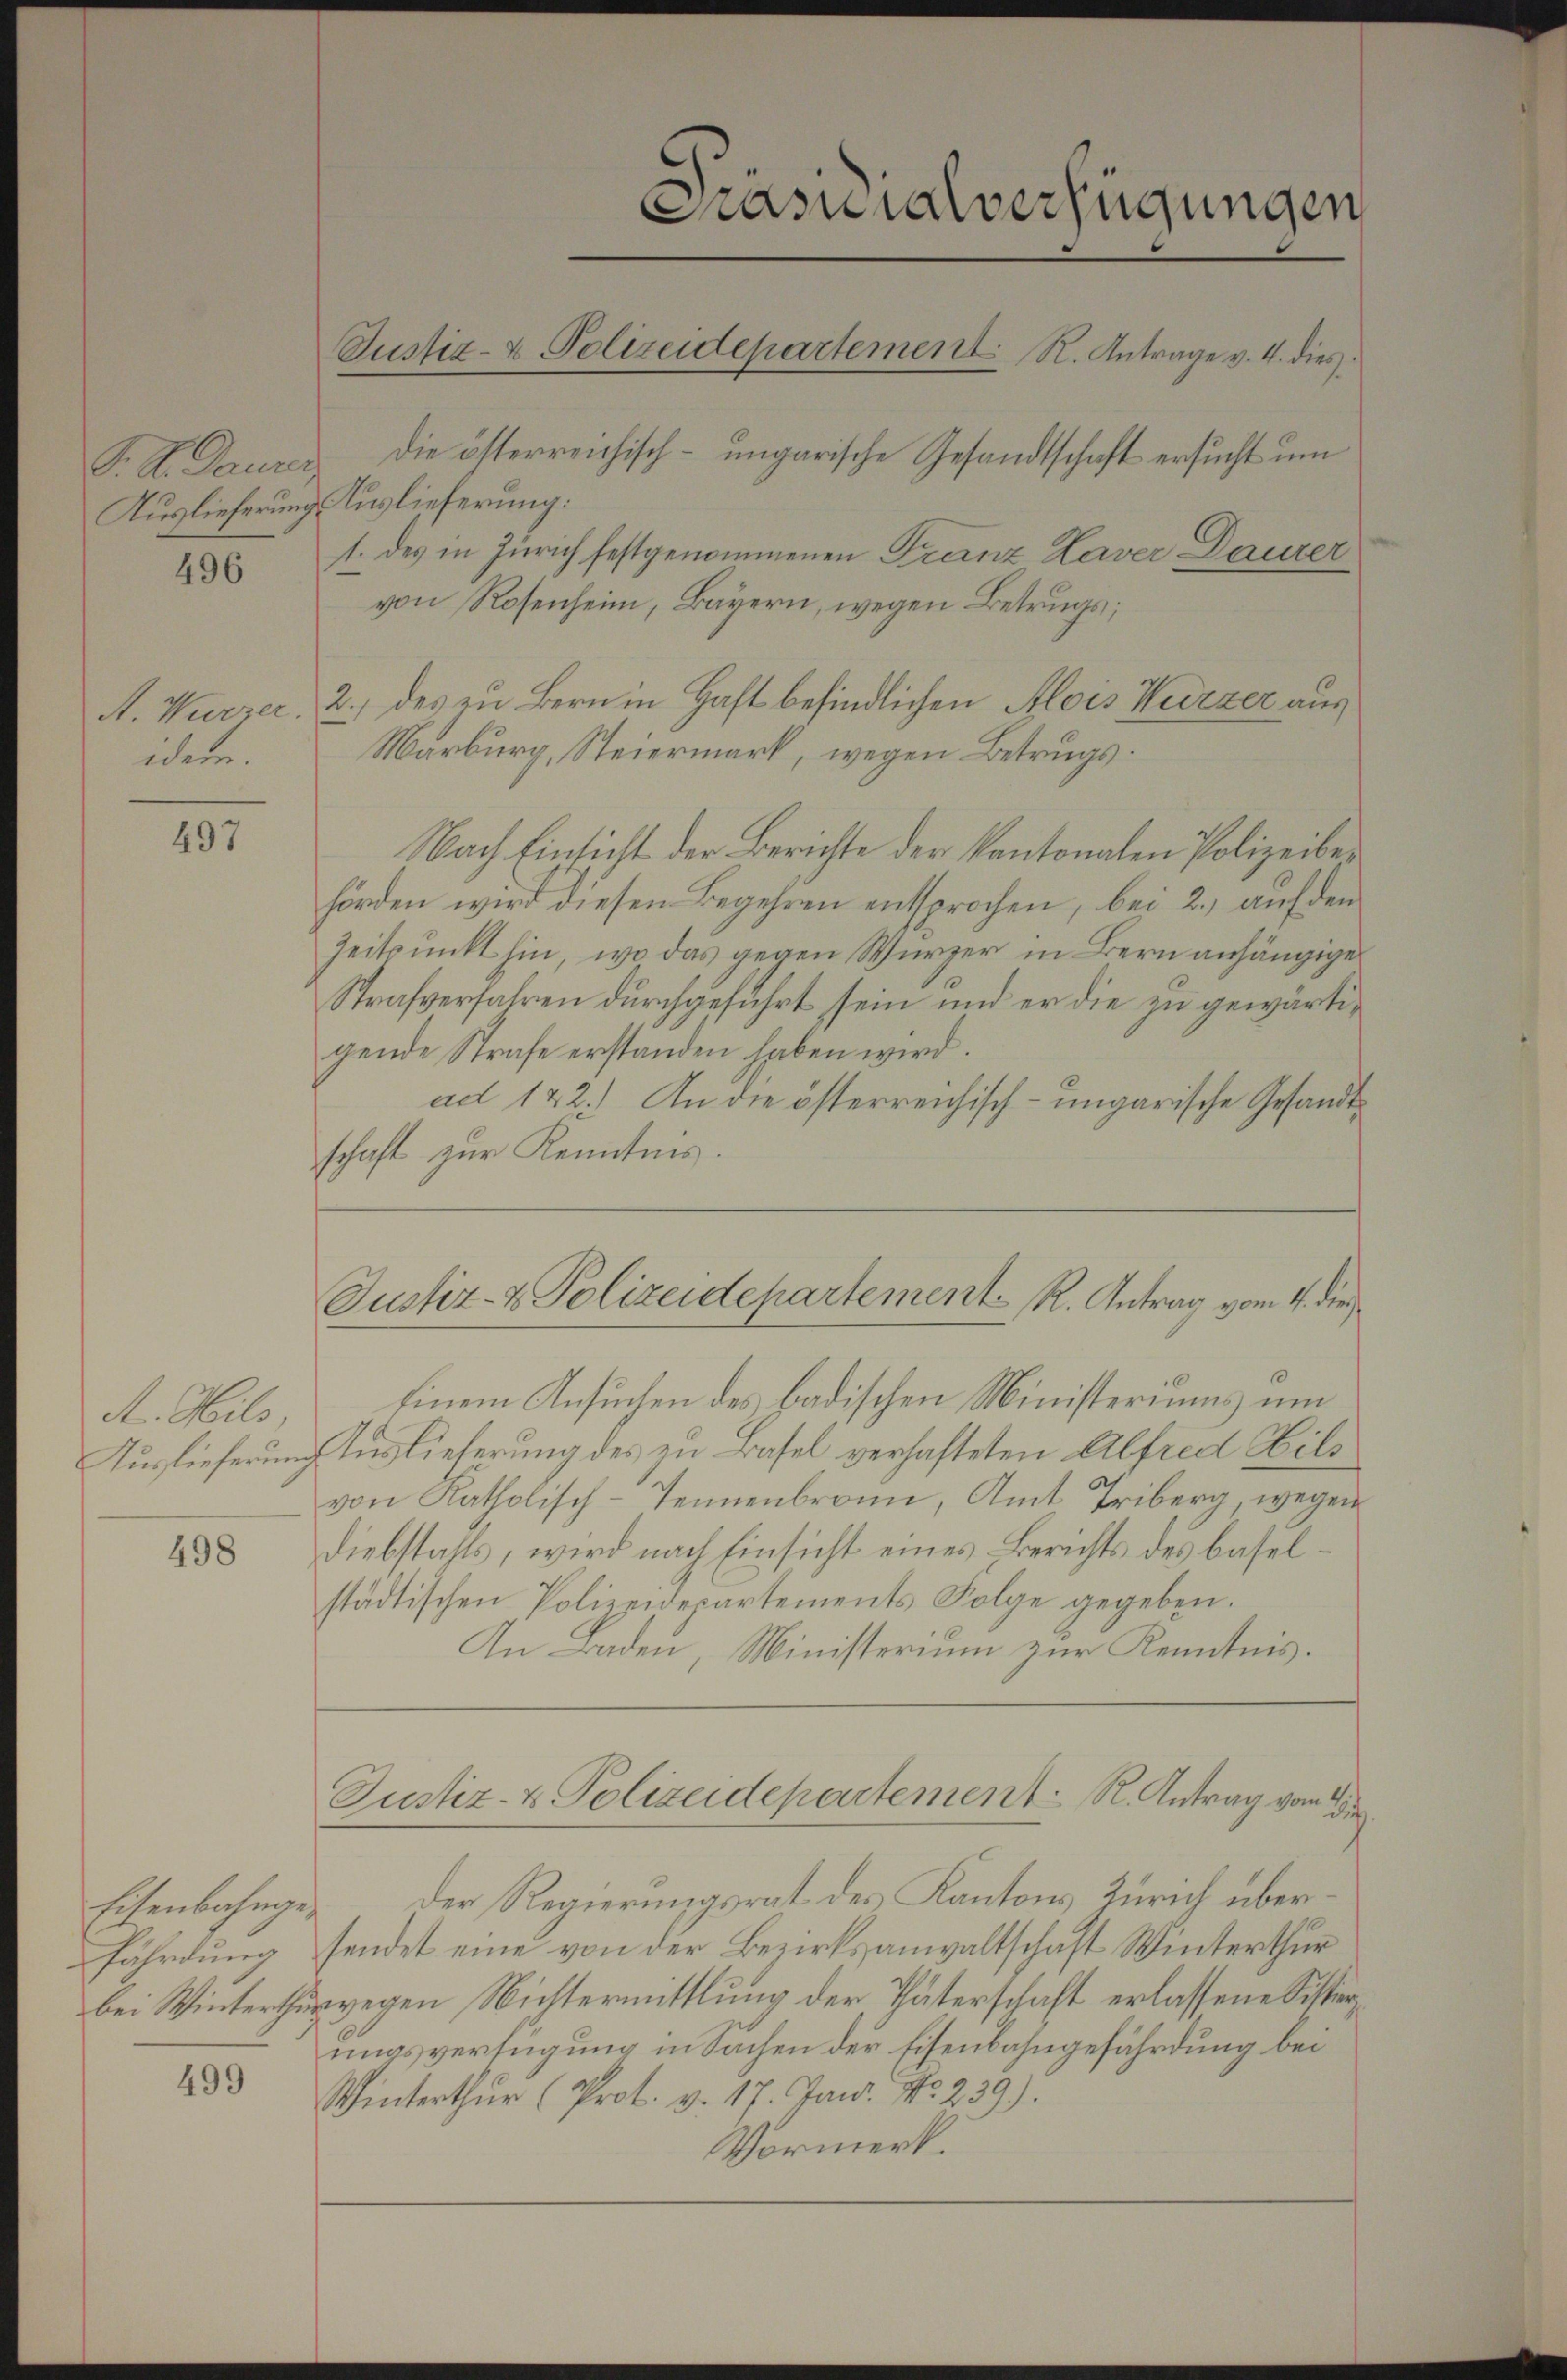
496

A. Wurzer.
idem.

497

A. Hils
Auslieferung

498

Eisenbahngefährdung
bei Winterthu

499

Prasialverfügungen
Justiz- & Polizeidepartement R. Antrage v. 4. dies
F. A. Dauerer die österreichisch-ungarische Gesandtschaft ersucht um
Auslieferung Auslieferung:
1. des in Zürich festgenommenen Franz Kaver Daurer

Justiz- & Polizeidepartement R. Antrag vom 4. die

von Rosenheim, Bayern, wegen Betrugs;
2.) des zu Bern in Haft befindlichen Alois Wurzer aus
Marburg, Steiermark, wegen Betrugs.
Nach Einsicht der Berichte der kantonalen Polizeiber
hörden wird diesen Begehren entsprochen, bei 2., auf den
Zeitpunkt hin, wo das gegen Würzer in Bern anhängige
Strafverfahren durchgeführt sein und er die zu gewärtigende Strafe erstanden haben wird.
ad 122.) An die österreichisch-ungarische Gesandtschaft zur Kenntnis.
Einem Ansuchen des badischen Ministeriums um
Auslieferung des zu Basel verhafteten Alfred Hild
von Katholisch-Tennenbronn, Amt Triberg, wegen
Diebstahls, wird nach Einsicht eines Berichts des baselstädtischen Polizeidepartements Folge gegeben.
An Baden, Ministerium zur Kenntnis.
Justiz- & Polizeidepartement. R. Antrag von die
 Der Regierungsrat des Kantons Zürich übersendet eine von der Bezirksanwaltschaft Winterthur
wegen Nichtermittlung der Thäterschaft erlassene Sistierungsverfügung in Sachen der Eisenbahngefährdung bei
Winterthur (Prot. v. 17. Jan. No. 239).
Vormerk.